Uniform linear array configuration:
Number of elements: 24
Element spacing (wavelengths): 0.5
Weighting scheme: hamming
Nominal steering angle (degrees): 60
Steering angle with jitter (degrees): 61.131
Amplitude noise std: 0.05
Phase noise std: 0.05

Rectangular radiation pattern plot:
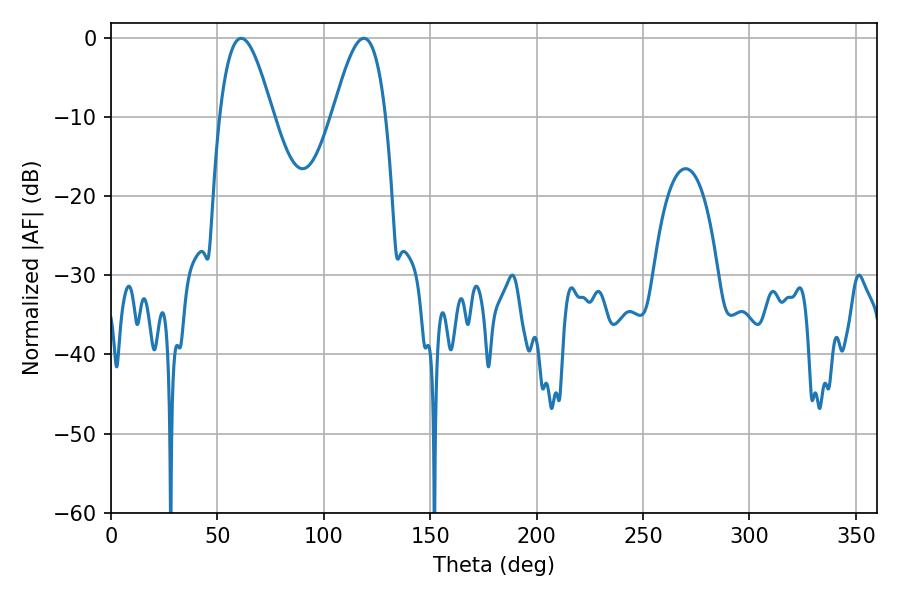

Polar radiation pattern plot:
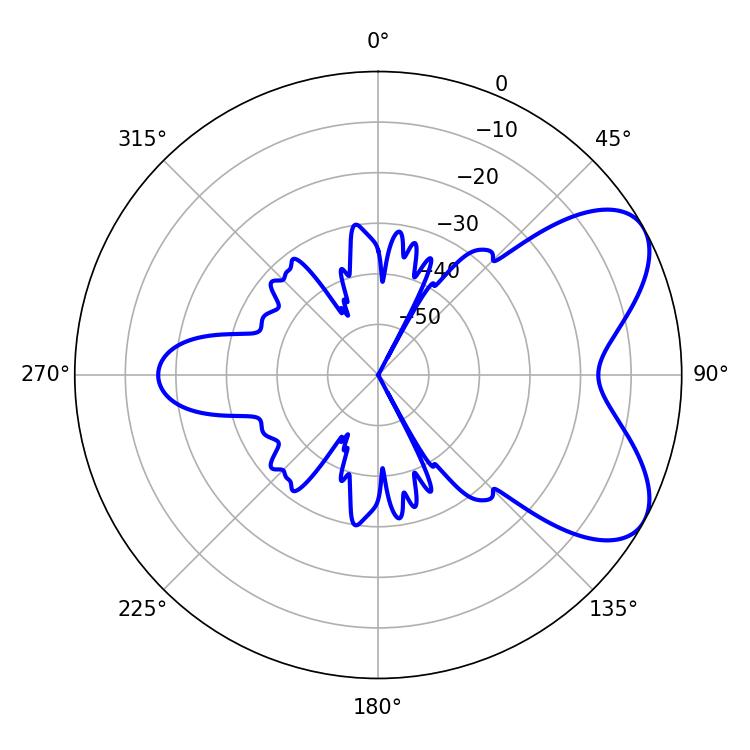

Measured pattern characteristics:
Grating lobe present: FALSE
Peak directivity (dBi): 6.403
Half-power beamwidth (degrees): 13.32
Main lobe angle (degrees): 61.2